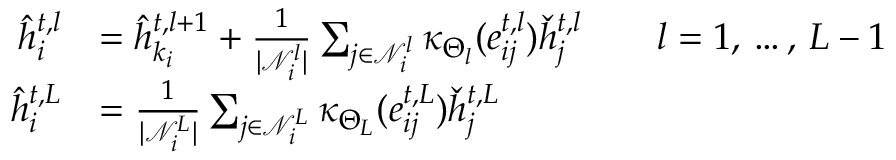
\begin{array} { r l } { \hat { h } _ { i } ^ { t , l } } & { = \hat { h } _ { k _ { i } } ^ { t , l + 1 } + \frac { 1 } { | \mathcal { N } _ { i } ^ { l } | } \sum _ { j \in \mathcal { N } _ { i } ^ { l } } \kappa _ { \Theta _ { l } } ( e _ { i j } ^ { t , l } ) \check { h } _ { j } ^ { t , l } \qquad l = 1 , \, \dots , \, L - 1 } \\ { \hat { h } _ { i } ^ { t , L } } & { = \frac { 1 } { | \mathcal { N } _ { i } ^ { L } | } \sum _ { j \in \mathcal { N } _ { i } ^ { L } } \kappa _ { \Theta _ { L } } ( e _ { i j } ^ { t , L } ) \check { h } _ { j } ^ { t , L } } \end{array}